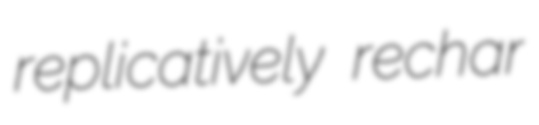
replicatively rechar